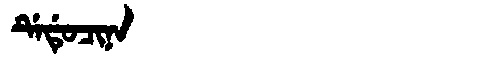
Manchu: ᡩᡝᡩᡠᠴᡳᠨᠠ
Romanization: DEDUCINA